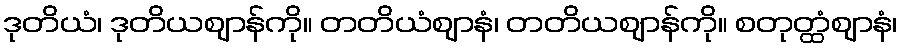
ဒုတိယံ၊ ဒုတိယဈာန်ကို။ တတိယံဈာနံ၊ တတိယဈာန်ကို။ စတုတ္ထံဈာနံ၊